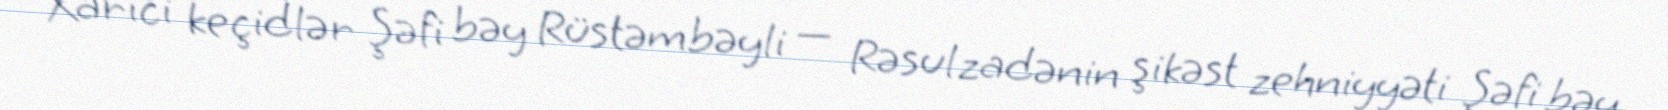
Xarici keçidlər Şəfi bəy Rüstəmbəyli — Rəsulzadənin şikəst zehniyyəti Şəfi bəy